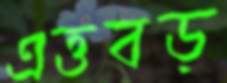
এত্তবড়